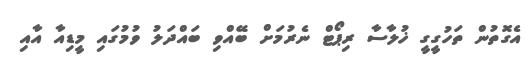
އެގޮތުން ތަހުގީގީ ޚުލާސާ ރިޕޯޓް ނެރުމަށް ބޭއްވި ބައްދަލު ވުމުގައި މީޑިއާ އާއި